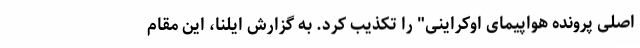
اصلی پرونده هواپیمای اوکراینی" را تکذیب کرد. به گزارش ایلنا، این مقام